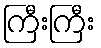
ကြီးကြီး